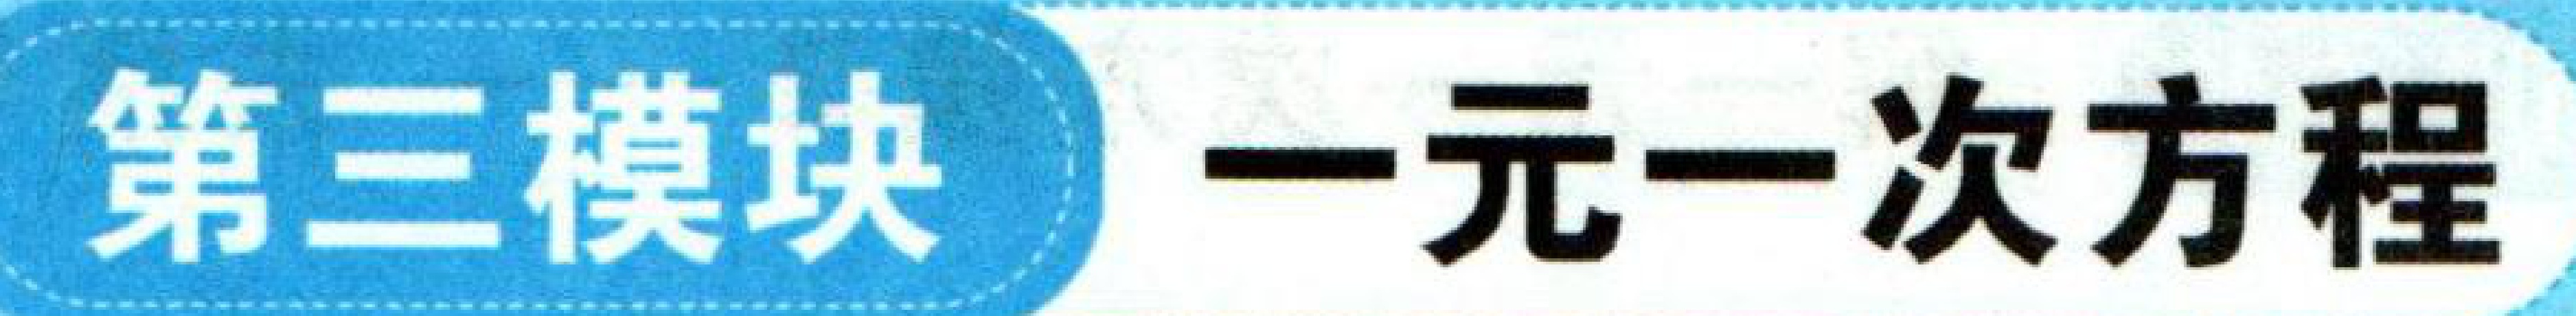
第三模块 一元一次方程